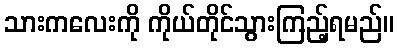
သားကလေးကို ကိုယ်တိုင်သွားကြည့်ရမည်။